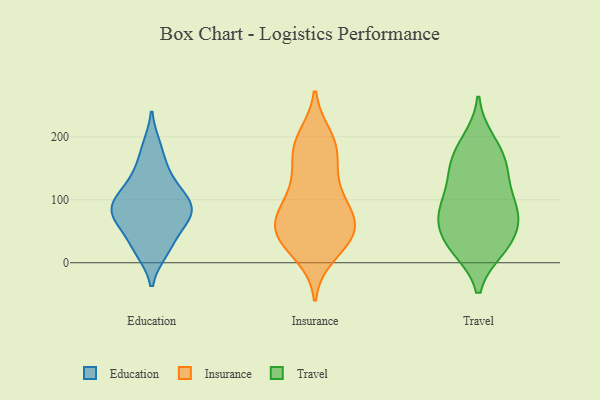
{"axis": {"x": "Population (Million)", "y": "Value"}, "legend": ["Education", "Insurance", "Travel"], "data": [{"x": "", "y": 86, "type": "Education"}, {"x": "", "y": 127, "type": "Education"}, {"x": "", "y": 18, "type": "Education"}, {"x": "", "y": 23, "type": "Education"}, {"x": "", "y": 149, "type": "Education"}, {"x": "", "y": 80, "type": "Education"}, {"x": "", "y": 59, "type": "Education"}, {"x": "", "y": 86, "type": "Education"}, {"x": "", "y": 107, "type": "Education"}, {"x": "", "y": 60, "type": "Education"}, {"x": "", "y": 185, "type": "Education"}, {"x": "", "y": 95, "type": "Education"}, {"x": "", "y": 111, "type": "Insurance"}, {"x": "", "y": 184, "type": "Insurance"}, {"x": "", "y": 50, "type": "Insurance"}, {"x": "", "y": 199, "type": "Insurance"}, {"x": "", "y": 13, "type": "Insurance"}, {"x": "", "y": 54, "type": "Insurance"}, {"x": "", "y": 189, "type": "Insurance"}, {"x": "", "y": 180, "type": "Insurance"}, {"x": "", "y": 154, "type": "Insurance"}, {"x": "", "y": 60, "type": "Insurance"}, {"x": "", "y": 43, "type": "Insurance"}, {"x": "", "y": 26, "type": "Insurance"}, {"x": "", "y": 127, "type": "Insurance"}, {"x": "", "y": 78, "type": "Insurance"}, {"x": "", "y": 68, "type": "Insurance"}, {"x": "", "y": 101, "type": "Insurance"}, {"x": "", "y": 36, "type": "Insurance"}, {"x": "", "y": 69, "type": "Insurance"}, {"x": "", "y": 77, "type": "Travel"}, {"x": "", "y": 97, "type": "Travel"}, {"x": "", "y": 25, "type": "Travel"}, {"x": "", "y": 194, "type": "Travel"}, {"x": "", "y": 152, "type": "Travel"}, {"x": "", "y": 58, "type": "Travel"}, {"x": "", "y": 151, "type": "Travel"}, {"x": "", "y": 24, "type": "Travel"}, {"x": "", "y": 36, "type": "Travel"}, {"x": "", "y": 183, "type": "Travel"}, {"x": "", "y": 74, "type": "Travel"}, {"x": "", "y": 81, "type": "Travel"}, {"x": "", "y": 153, "type": "Travel"}, {"x": "", "y": 22, "type": "Travel"}, {"x": "", "y": 85, "type": "Travel"}, {"x": "", "y": 124, "type": "Travel"}]}